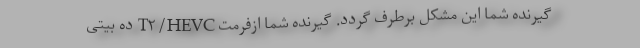
گیرنده شما این مشکل برطرف گردد. گیرنده شما ازفرمت T۲/HEVC ده بیتی